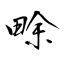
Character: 畭